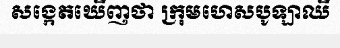
សង្កេតឃើញថា ក្រុមហេសបូឡាឈី